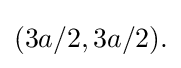
{\textstyle (3a/2,3a/2).}